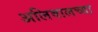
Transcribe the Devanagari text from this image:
अलिवालच्या